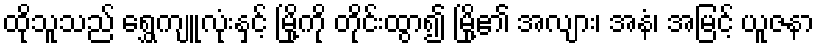
ထိုသူသည် ရွှေကျူလုံးနှင့် မြို့ကို တိုင်းထွာ၍ မြို့၏ အလျား၊ အနံ၊ အမြင့် ယူဇနာ